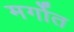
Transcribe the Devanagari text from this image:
मर्गोत